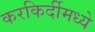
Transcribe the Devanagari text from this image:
करकिर्दीमध्ये